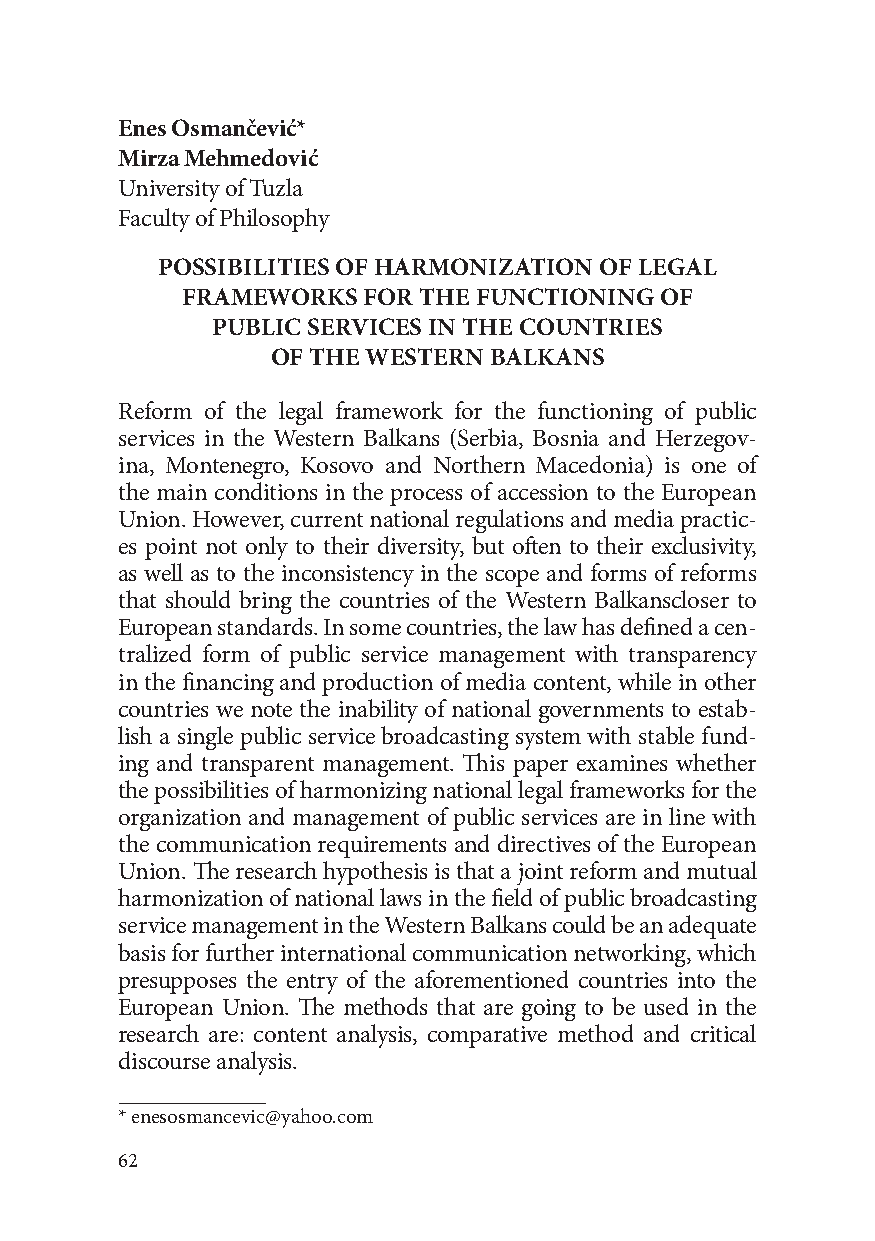
Enes Osmančević*
 Mirza Mehmedović
 University of Tuzla
 Faculty of Philosophy
 POSSIBILITIES OF HARMONIZATION OF LEGAL
 FRAMEWORKS  FOR THE FUNCTIONING OF
 PUBLIC SERVICES IN THE COUNTRIES
 OF THE WESTERN BALKANS
 Reform of the legal framework for the functioning of public
 services in the Western Balkans (Serbia, Bosnia and Herzegov-
 ina, Montenegro, Kosovo and Northern Macedonia) is one of
 the main conditions in the process of accession to the European
 Union. However, current national regulations and media practic-
 es point not only to their diversity, but often to their exclusivity,
 as well as to the inconsistency in the scope and forms of reforms
 that should bring the countries of the Western Balkanscloser to
 European standards. In some countries, the law has defined a cen-
 tralized form of public service management with transparency
 in the financing and production of media content, while in other
 countries we note the inability of national governments to estab-
 lish a single public service broadcasting system with stable fund-
 ing and transparent management. This paper examines whether
 the possibilities of harmonizing national legal frameworks for the
 organization and management of public services are in line with
 the communication requirements and directives of the European
 Union. The research hypothesis is that a joint reform and mutual
 harmonization of national laws in the field of public broadcasting
 service management in the Western Balkans could be an adequate
 basis for further international communication networking, which
 presupposes the entry of the aforementioned countries into the
 European Union. The methods that are going to be used in the
 research are: content analysis, comparative method and critical
 discourse analysis.
 * enesosmancevic@yahoo.com
 62